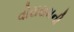
વોરાસમની